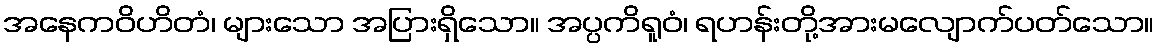
အနေကဝိဟိတံ၊ များသော အပြားရှိသော။ အပ္ပကိရူဝံ၊ ရဟန်းတို့အားမလျောက်ပတ်သော။